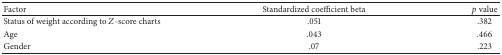
<table><thead><tr><td><b>Factor</b></td><td><b>Standardized coefficient beta</b></td><td><b><i>p</i> value</b></td></tr></thead><tbody><tr><td>Status of weight according to <i>Z</i>-score charts</td><td> .051</td><td>.382</td></tr><tr><td>Age</td><td>.043</td><td>.466</td></tr><tr><td>Gender</td><td>.07</td><td>.223</td></tr></tbody></table>